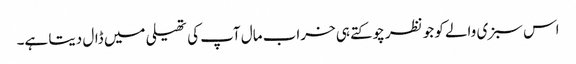
اس سبزی والے کو جو نظر چوکتے ہی خراب مال آپ کی تھیلی میں ڈال دیتا ہے۔